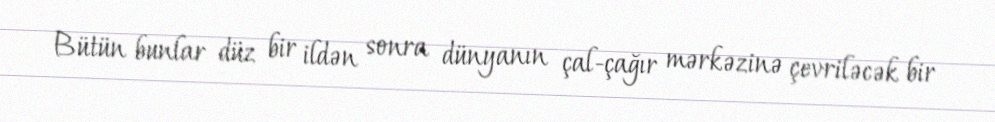
Bütün bunlar düz bir ildən sonra dünyanın çal-çağır mərkəzinə çevriləcək bir